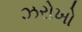
ઝરોખો